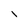
Character: I